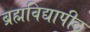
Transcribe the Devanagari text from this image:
ब्रह्मविद्यापीठ